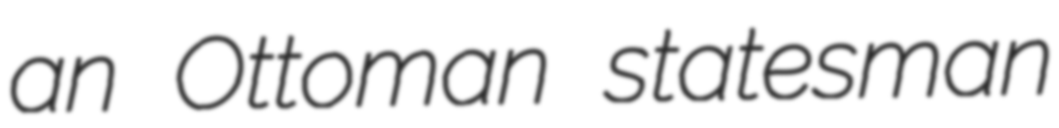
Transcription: an Ottoman statesman